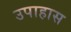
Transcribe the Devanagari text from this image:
उपाहास